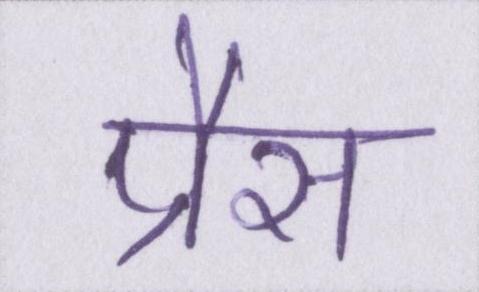
प्रैस